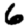
Digit: 6